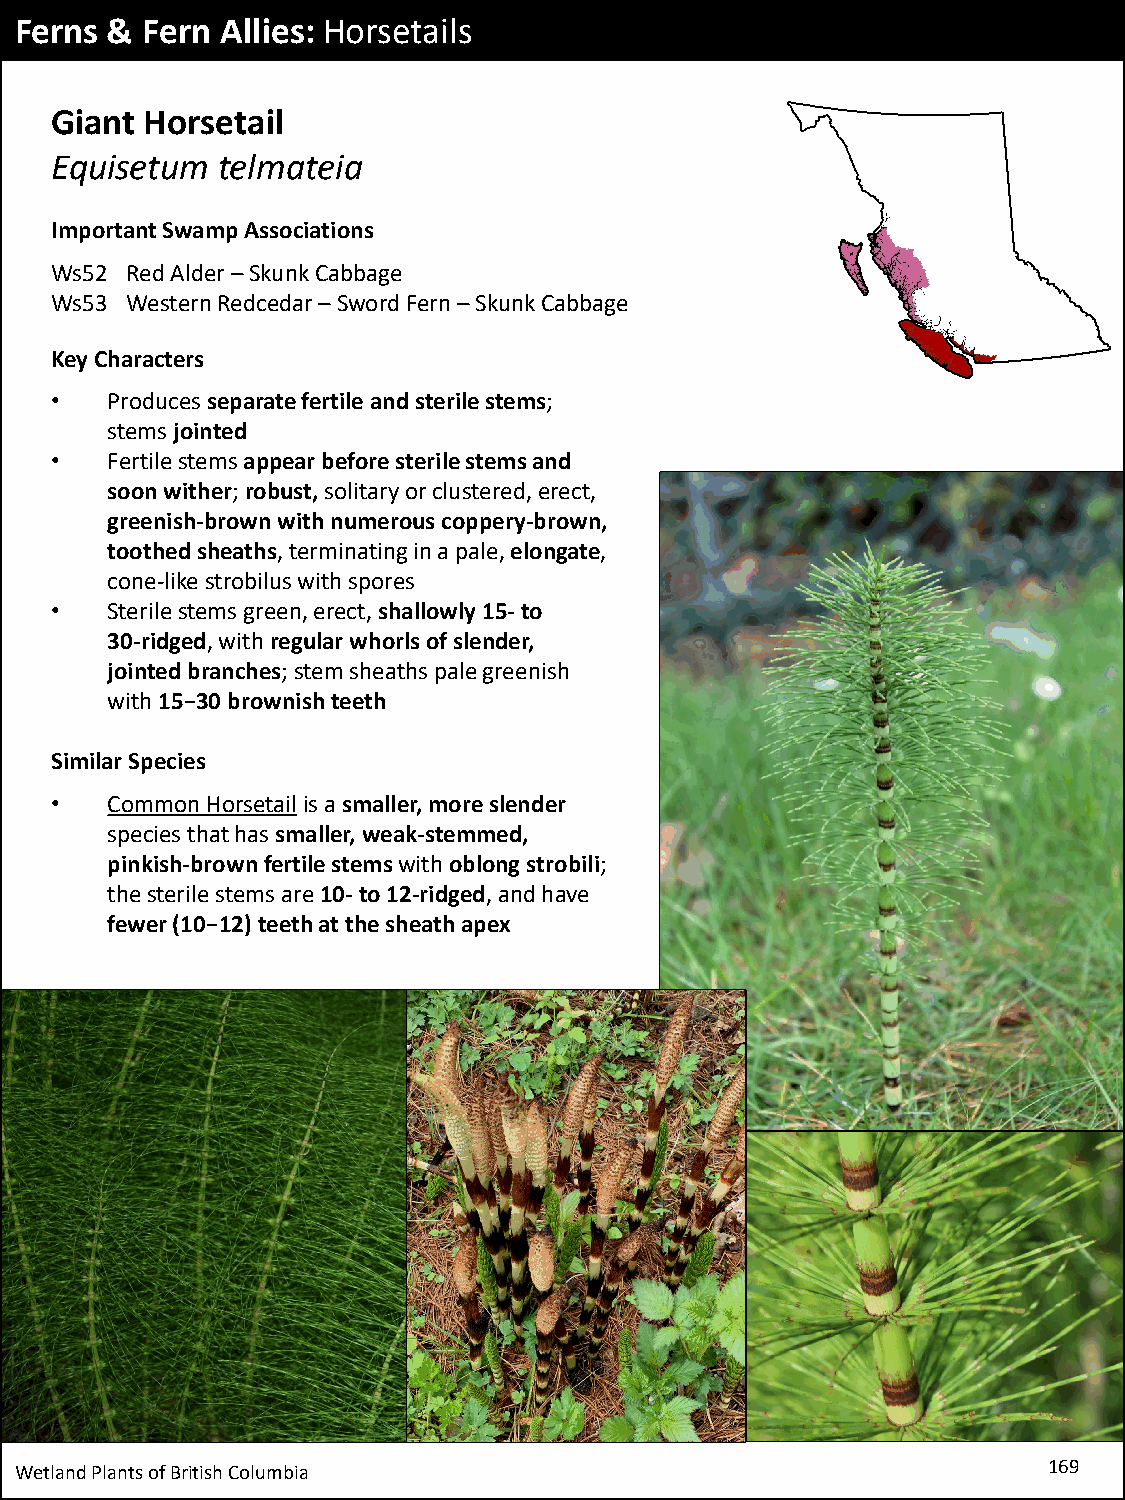
Ferns & Fern  Allies: Horsetails
 Giant  Horsetail
 Equisetum  telmateia
 Important Swamp Associations
 Ws52 Red Alder –Skunk Cabbage
 Ws53 Western Redcedar–Sword Fern –Skunk Cabbage
 Key Characters
 •   Produces separate fertile and sterile stems;
 stems jointed
 •   Fertile stems appear before sterile stems and
 soon wither;robust,solitary or clustered, erect,
 greenish-brown with numerous coppery-brown,
 toothed sheaths, terminating in a pale, elongate,
 cone-like strobilus with spores
 •   Sterile stems green, erect, shallowly 15-to
 30-ridged, with regular whorls of slender,
 jointed branches; stem sheaths pale greenish
 with 15−30 brownish teeth
 Similar Species
 •   Common Horsetailis a smaller, more slender
 species that has smaller, weak-stemmed,
 pinkish-brown fertile stems with oblong strobili;
 the sterile stems are 10-to 12-ridged, and have
 fewer (10−12) teeth at the sheath apex
 Wetland Plants of British Columbia                                  169